Vaccination in Bombay 1889-1901 - 1889-1901
Year: 1889
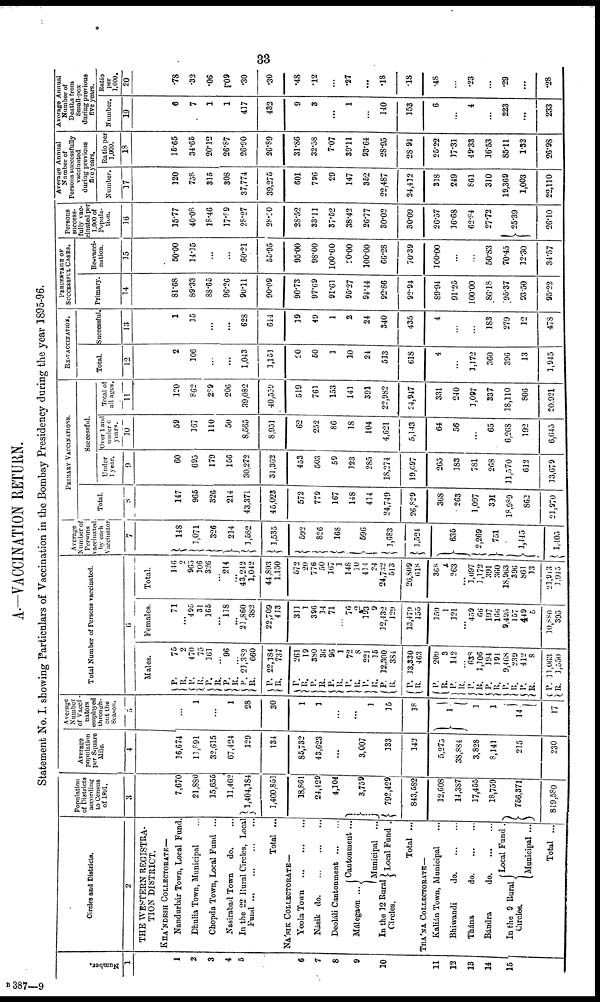
33
A.—VACCINATION RETURN.
Statement No. I. showing Particulars of Vaccination in the Bombay Presidency during the year 1895-96.
Number.
1
1
2
3
4
5
6
7
8
9
10
11
12
13
14
15
Circles and Districts.
2
THE WESTERN REGISTRA-
TION DISTRICT.
KHÁNDESH COLLECTORATE—
Nandurbár Town, Local Fund.
Dhulia Town, Municipal
Chopda Town, Local Fund ...
Nasirabad Town
do. ...
In the 22 Rural Circles, Local
Fund ...
...
...
...
Total ...
NÁSIK COLLECTORATE—
Yeola Town
...
...
...
Násik
do. ... ... ...
Deoláli Cantonment
...
...
Málegaon ...
In the 12 Rural
Circles.
Cantonment ...
Municipal ...
Local Fund .
Total ...
THÁNA COLLECTORATE—
Kalián Town, Municipal ...
Bhiwandi
do. ... ...
Thána
do. ... ...
Bándra
do. ... ...
In the 9 Rural
Circles.
Local Fund .
Municipal ...
Total ...
Population
of Districts
according
to Census
of 1891.
3
7,670
21,880
15,655
11,462
1,404,184
1,460,851
18,861
24,429
4,104
3,759
792,429
843,582
12,608
14,387
17,455
18,759
756,371
819,580
Average
population
per Square
Mile.
4
16,674
11,891
32,615
67,424
129
134
85,732
43,623
...
3,007
133
142
5,275
38,884
3,828
8,141
215
230
Average
Number
of Vacci¬
nators
employed
through-
out the
Season.
5
...
1
...
1
28
30
1
1
...
...
1
15
18
1
1
1
14
17
Total Number of Persons vaccinated.
6
Males.
P.
R.
P.
R.
P.
R.
P.
R.
P.
R.
P.
R.
P.
R. P.
R. P.
R.
P.
R. P.
R.
P.
R.
P.
R.
P.
R.
P.
R.
P.
R. P.
R.
P.
R.
P.
R.
P.
R.
75
2
470
75
161
...
96
...
21,382
660
22,184
737
261
19
380
36
96
1
72
8
221
15
12,300
384
13,330
463
209
3
142
...
638
1,106
194
194
9,468
239
412
8
11,063
1,550
Females.
71
...
495
31
165
...
118
...
21,860
382
22,709
413
311
1
396
14
71
...
76
2
193
9
12,432
129
13,479
155
159
1
121
...
459
66
197
166
9,495
157
449
5
10,880
395
Total.
146
2
965
106
326
...
214
...
43,242
1,042
44,893
1,150
572
20
776
50
167
1
148
10
414
24
24,732
513
26,809
618
368
4
263
...
1,097
1,172
391
360
18,963
396
861
13
21,913
1,945
Average
Number of
Persons
vaccinated
by each
Vaccinator
7
148
1,071
326
214
1,582
1,535
592
826
168
596
1,683
1,524
635
2,269
751
1,145
1,405
PRIMARY VACCINATIONS.
Total.
8
147
965
326
214
43,371
45,023
572
779
167
148
414
24,749
26,829
368
263
1,097
391
18,989
862
21,970
Successful.
Under
1 year.
9
60
695
179
156
30,272
31,362
453
503
59
123
285
18,274
19,697
265
183
781
268
11,570
612
13,679
Over 1 and
under 6
years.
10
59
367
110
50
8,565
8,951
62
252
86
18
104
4,621
5,143
64
56
...
65
6,268
192
6,645
Total of
all ages.
11
120
862
289
206
39,082
40,559
519
761
153
141
391
22,982
24,947
331
240
1,097
337
18,110
806
20,921
RE-VACCINATION.
Total.
12
2
106
...
...
1,043
3,151
20
50
1
10
24
513
618
4
...
3,172
360
396
13
1,945
Successful.
13
1
15
...
...
628
644
19
49
1
2
24
340
435
4
...
...
183
279
12
478
PERCENTAGE OF
SUCCESSFUL CASES.
Primary.
14
81.68
89.33
88.65
96.26
90.11
90.09
90.73
97.69
91.61
95.27
94.44
92.86
92.94
89.94
91.25
100.00
86.18
95.37
93.50
95.22
Re-vacci¬
nation.
15
50.00
14.15
...
...
60.21
55.95
95.00
98.00
100.00
20.00
100.00
66.28
70.39
100.00
...
...
50.83
70.45
12.30
34.57
Persons
success-
fully vac-
cinated per
1,000 of
Popula-
tion.
16
15.77
40.08
18.46
17.89
28.27
28.20
28.52
33.11
37.52
38.42
26.77
30.02
30.09
26.57
16.68
62.84
27.72
25.39
26.10
Average Annual
Number of
Persons successfully
vaccinated
during previous
five years.
Number.
17
120
758
315
308
37,774
39,275
601
796
29
147
352
22,487
24,412
318
249
861
310
19,369
1,003
22,110
Ratio per
1,000.
18
15.65
34.65
20.12
26.87
26.90
26.89
31.86
32.58
7.07
39.11
93.64
28.95
28.94
25.22
17.31
49.33
16.53
85.11
1.32
26.98
Average Annual
Number of
Deaths from
Small-pox
during previous
five years.
Number.
19
6
7
1
1
417
432
9
3
...
1
...
140
153
6
...
4
...
223
...
233
Ratio
per
1,000.
20
.78
.32
.06
.09
.30
.30
.48
.12
...
.27
...
.18
.18
.48
...
.23
...
.29
...
.28
B 387—9